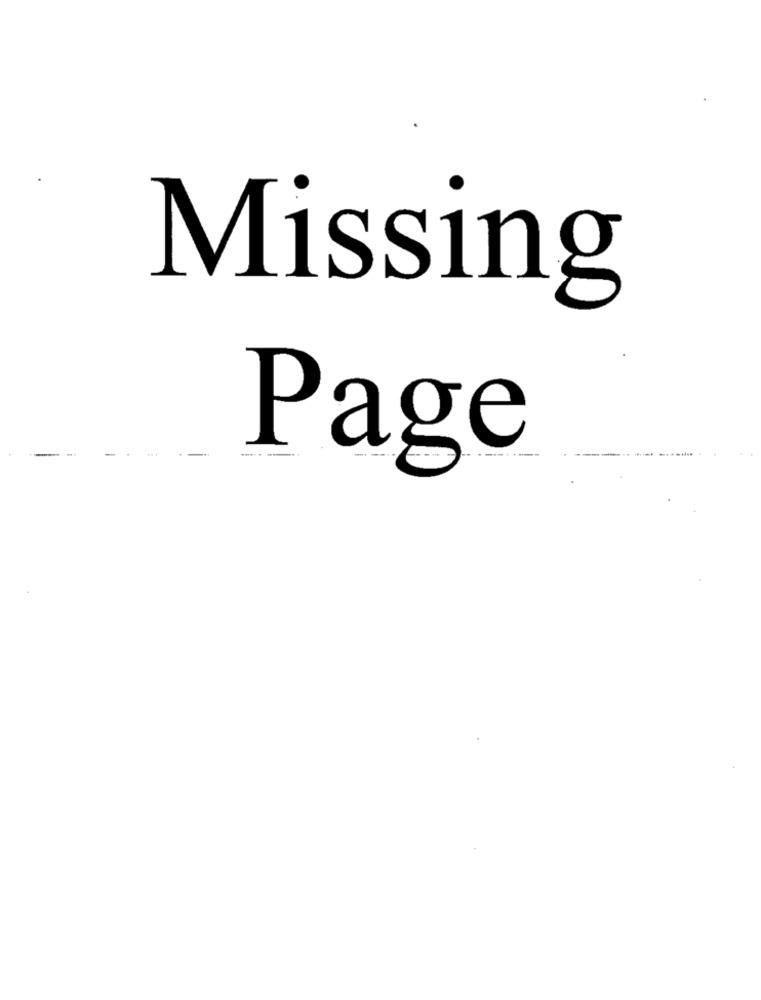
Missing
Page